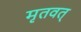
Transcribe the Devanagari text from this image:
मृतवत्‌